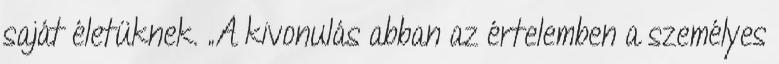
saját életüknek. „A kivonulás abban az értelemben a személyes